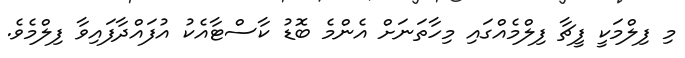
މި ފިލްމަކީ ފީޗާ ފިލްމެއްގައި މިހާތަނަށް އެންމެ ބޮޑު ކާސްޓާއެކު އުފައްދާފައިވާ ފިލްމެވެ.